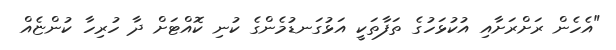
"އެހެން ރަށްރަށާއި އުކުޅަހުގެ ތަފާތަކީ އަޅުގަނޑުމެންގެ ކުނި ކޮއްޓަށް ދާ ހުރިހާ ކުންޏެއް